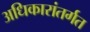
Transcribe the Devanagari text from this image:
अधिकारांतर्गत